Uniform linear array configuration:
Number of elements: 48
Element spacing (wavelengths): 1
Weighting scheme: binomial
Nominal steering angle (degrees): -15
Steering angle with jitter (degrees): -15.023
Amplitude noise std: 0.05
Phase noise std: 0.05

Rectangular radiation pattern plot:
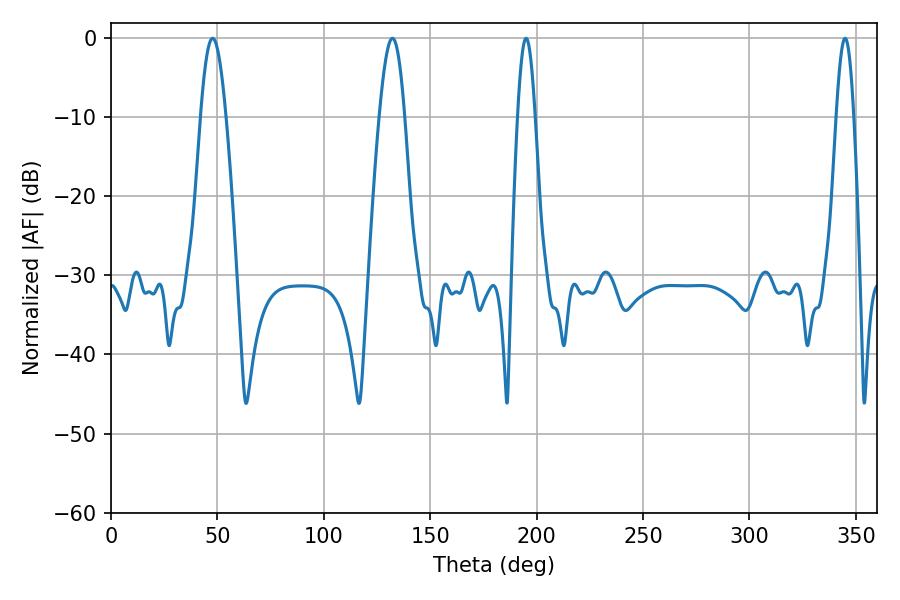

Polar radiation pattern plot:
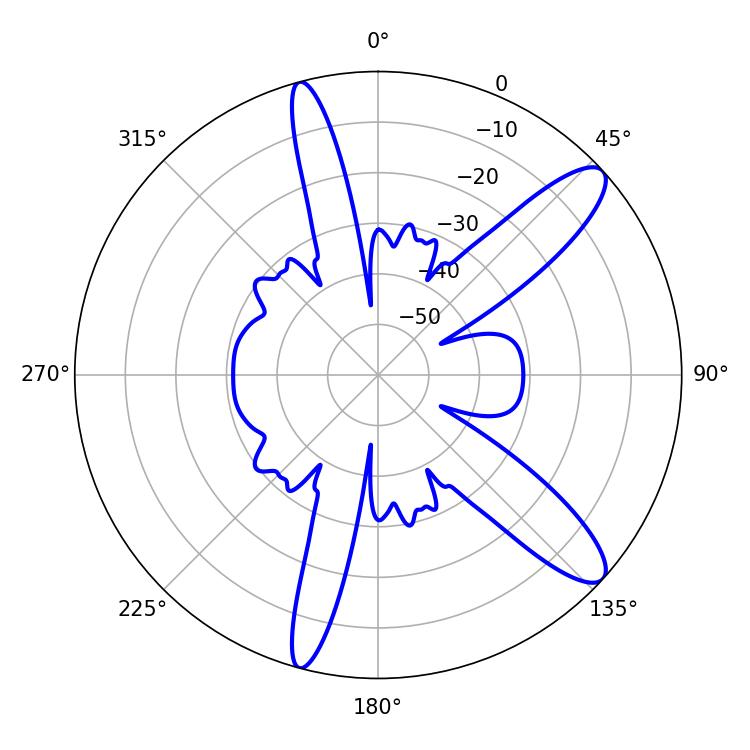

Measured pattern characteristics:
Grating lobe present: TRUE
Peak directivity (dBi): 11.626
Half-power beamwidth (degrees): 6.48
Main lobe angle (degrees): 47.7